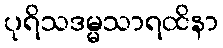
ပုရိသဒမ္မသာရထိနာ